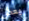
بعض